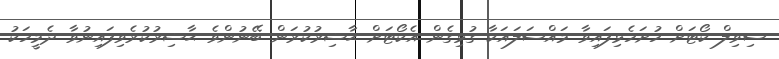
ސިވިލް ކޯޓަށް ހުށަހެޅިފައިވާ މައްސަލައަކާ ގުޅިގެން އެކޯޓަށް ޙާޟިރުކުރަން ބޭނުންވެ ޙާޟިރުކުރެވިފައިނުވާ ދެމީހަކު